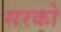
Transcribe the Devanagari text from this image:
सरको